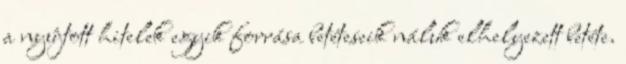
a nyújtott hitelek egyik forrása betéteseik náluk elhelyezett betéte.